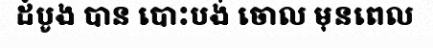
ដំបូង បាន បោះបង់ ចោល មុនពេល